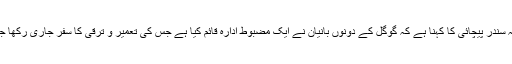
47 سالہ سندر پیچائی کا کہنا ہے کہ گوگل کے دونوں بانیان نے ایک مضبوط ادارہ قائم کیا ہے جس کی تعمیر و ترقی کا سفر جاری رکھا جائے گا۔